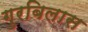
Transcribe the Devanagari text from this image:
गुरबिलास